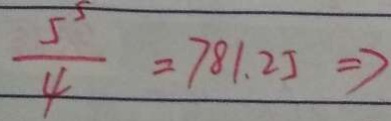
\frac { 5 ^ { 5 } } { 4 } = 7 8 1 . 2 5 \Rightarrow